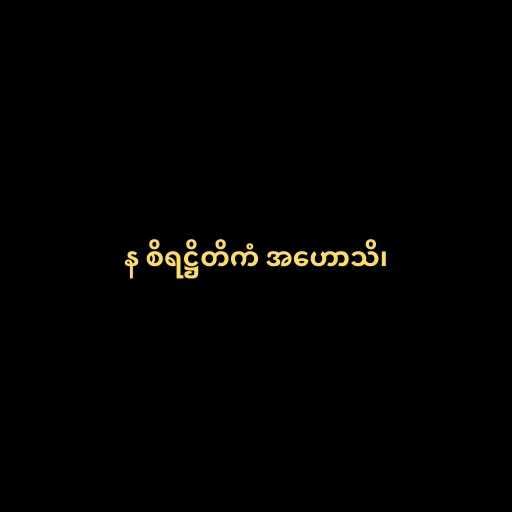
န စိရဋ္ဌိတိကံ အဟောသိ၊